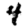
Digit: 4